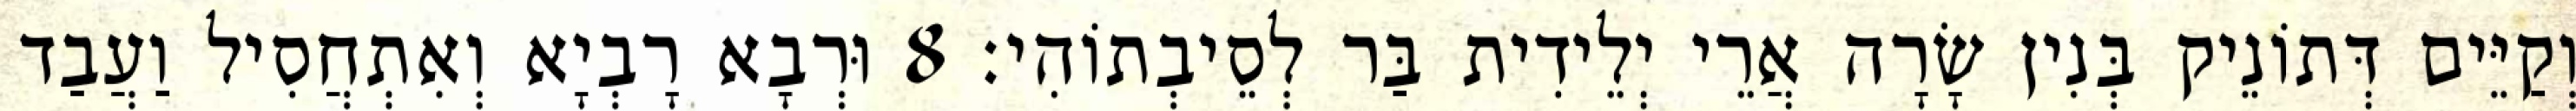
וְקַיֵּים דְּתוֹנֵיק בְּנִין שָׂרָה אֲרֵי יְלֵידִית בַּר לְסֵיבְתוֹהִי׃ 8 וּרְבָא רָבְיָא וְאִתְחֲסִיל וַעֲבַד